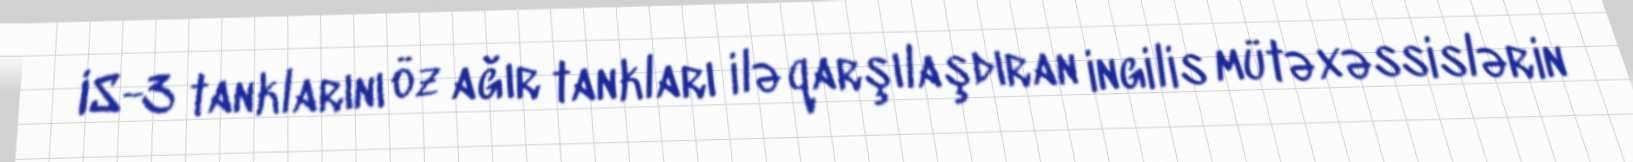
IS-3 tanklarını öz ağır tankları ilə qarşılaşdıran ingilis mütəxəssislərin